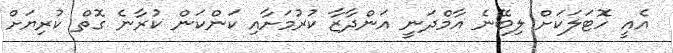
އެއީ ހޮޓަލަކަށް ލިބޭނެ އާމްދަނީ އަންދާޒާ ކުރުމަށާއި ކަންކަން ކުރާނެ ގޮތް ކުރިޔަށް